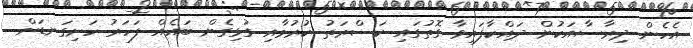
އެހެން ދިރާސާއަކުން ދައްކާފައިވާ ގޮތުގައި ކަސްރަތު ކުރުމާއި ގުޅިގެން ބައެއް ފަހަރު ހަށިގަނޑަށް